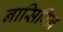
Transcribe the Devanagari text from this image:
नासिरिन